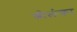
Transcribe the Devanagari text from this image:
श्रीलंंका